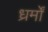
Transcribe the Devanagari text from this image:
ध्रर्मों